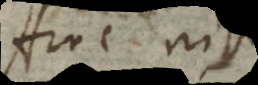
Hinc nisi